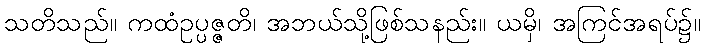
သတိသည်။ ကထံဥပ္ပဇ္ဇတိ၊ အဘယ်သို့ဖြစ်သနည်း။ ယမှိ၊ အကြင်အရပ်၌။